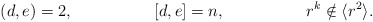
\begin{align*}(d,e) & =2, & [d,e] & = n, & & r^{k} \notin \langle r^{2}\rangle.\end{align*}